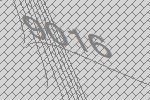
9016